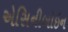
એસિનીબોઇન